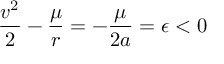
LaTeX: { \frac { v ^ { 2 } } { 2 } } - { \frac { \mu } { r } } = - { \frac { \mu } { 2 a } } = \epsilon < 0